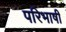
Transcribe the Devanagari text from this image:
परिभाषी